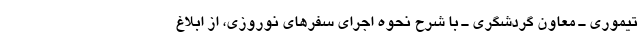
تیموری ـ معاون گردشگری ـ با شرح نحوه اجرای سفرهای نوروزی، از ابلاغ